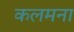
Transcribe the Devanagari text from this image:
कलमना